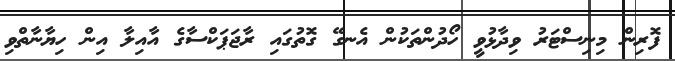
ފޮރިން މިނިސްޓަރު ވިދާޅުވީ ހޯދުންތަކުން އެނގޭ ގޮތުގައި ރާޖަޕަކްސާގެ އާއިލާ އިން ހިޔާނާތްވި